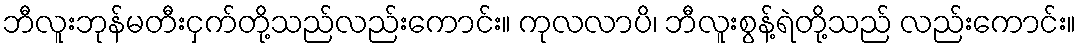
ဘီလူးဘုန်မတီးငှက်တို့သည်လည်းကောင်း။ ကုလလာပိ၊ ဘီလူးစွန့်ရဲတို့သည် လည်းကောင်း။